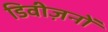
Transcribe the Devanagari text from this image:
डिवीज़नों